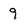
Character: 9